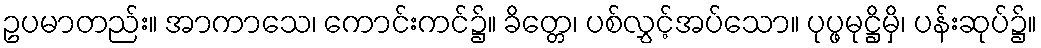
ဥပမာတည်း။ အာကာသေ၊ ကောင်းကင်၌။ ခိတ္တေ၊ ပစ်လွှင့်အပ်သော။ ပုပ္ဖမုဋ္ဌိမှိ၊ ပန်းဆုပ်၌။